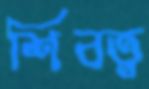
শিবত্ব